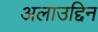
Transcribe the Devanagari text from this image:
अलाउद्दिन